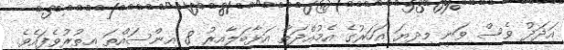
އަދަދު ވެސް ވަނީ މިދިޔަ އަހަރުގެ އެމުއްދަތާ އަޅާބަލާއިރު 8 އިންސައްތަ އިތުރުވެފައެވެ.